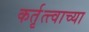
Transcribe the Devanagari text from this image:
कर्तृत्त्वाच्या